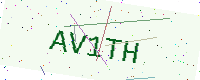
Text: AV1TH